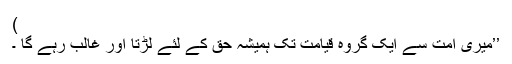
)
’’میری امت سے ایک گروہ قیامت تک ہمیشہ حق کے لئے لڑتا اور غالب رہے گا ۔